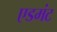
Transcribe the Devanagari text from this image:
एडमंट